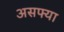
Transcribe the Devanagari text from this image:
असफ्या